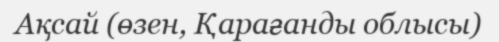
Ақсай (өзен, Қарағанды облысы)